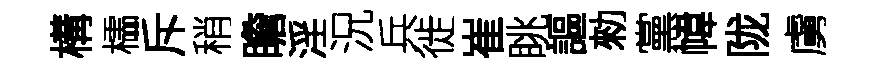
構櫺斥稍瞻淫況兵徙崔眺謳勑黨幃陇虜